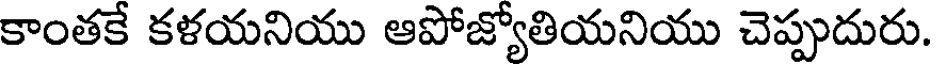
కాంతకే కళయనియు ఆపోజ్యోతియనియు చెప్పుదురు.